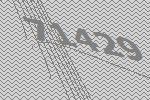
71429